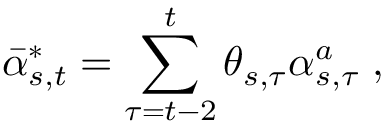
\bar { \alpha } _ { s , t } ^ { * } = \sum _ { \tau = t - 2 } ^ { t } \theta _ { s , \tau } \alpha _ { s , \tau } ^ { a } \; ,